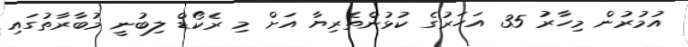
އުމުރުން މިހާރު 35 އަހަރުގެ ކުޅުންތެރިޔާ އަށް މި ރެކޯޑް ލިބުނީ މުބާރާތުގައި